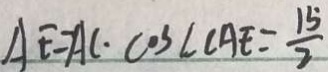
A E = A C \cdot \cos \angle C A E = \frac { 1 5 } { 2 }